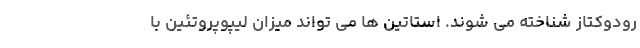
رودوکتاز شناخته می شوند. استاتین ها می تواند میزان لیپوپروتئین با